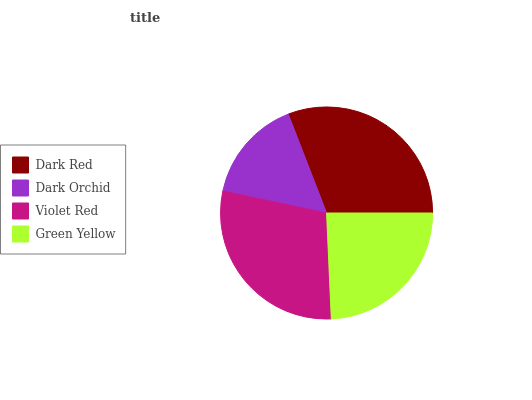
| Dark Red | Dark Orchid | Violet Red | Green Yellow |
 | --- | --- | --- | --- |
 | 30.8% | 15.8% | 29.1% | 24.3% |